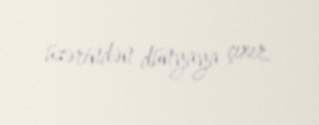
üzərindən dünyaya çıxır.